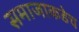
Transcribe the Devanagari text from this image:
समाजाकडेच